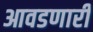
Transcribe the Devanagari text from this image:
आवडणारी